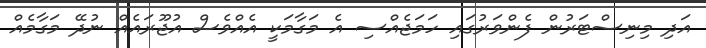
އަދި މިނިސްޓަރުން ފެންވަރުގައި ހަމަޖެއްސި އެ މަގާމަކީ އެއްވެސް އުޖޫރައެއް ނުދޭ މަގާމެއް